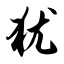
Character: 犹